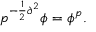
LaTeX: p ^ { - \frac { 1 } { 2 } \partial ^ { 2 } } \phi = \phi ^ { p } .